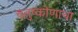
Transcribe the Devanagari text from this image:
चतुष्कोणाचा